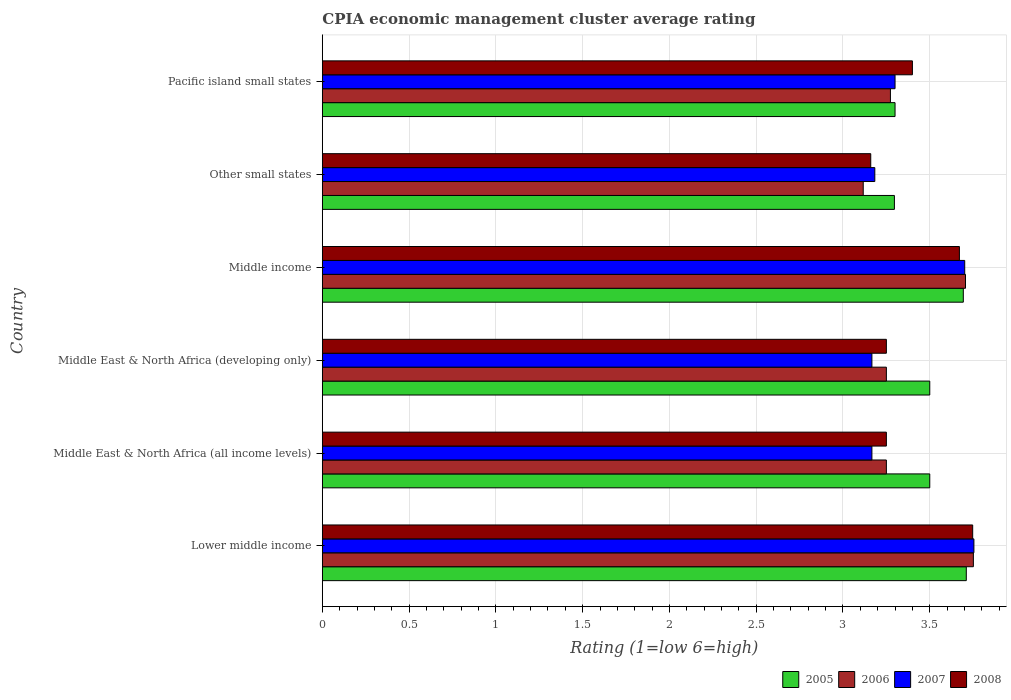
| Country | 2005 | 2006 | 2007 | 2008 |
 | --- | --- | --- | --- | --- |
 | Lower middle income | 3.71 | 3.75 | 3.75 | 3.75 |
 | Middle East & North Africa (all income levels) | 3.5 | 3.25 | 3.17 | 3.25 |
 | Middle East & North Africa (developing only) | 3.5 | 3.25 | 3.17 | 3.25 |
 | Middle income | 3.69 | 3.71 | 3.7 | 3.67 |
 | Other small states | 3.3 | 3.12 | 3.18 | 3.16 |
 | Pacific island small states | 3.3 | 3.27 | 3.3 | 3.4 |